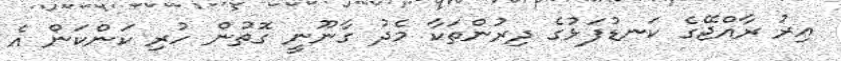
އިރު ރާއްޖޭގެ ކަނޑުފަޅުގެ ދިރުންތަކާ މެދު ގާނޫނީ ގޮތުން ހުރި ކަންކަން އެ